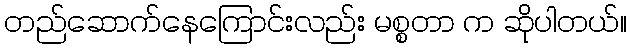
တည်ဆောက်နေကြောင်းလည်း မစ္စတာ က ဆိုပါတယ်။